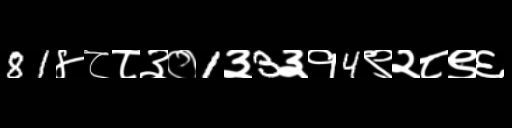
Text: 81४८८३०1३3३१4९२८९६